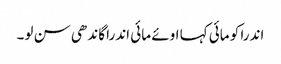
اندرا کو مائی کہا اوئے مائی اندرا گاندھی سن لو۔